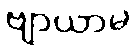
ဗျာယာမ